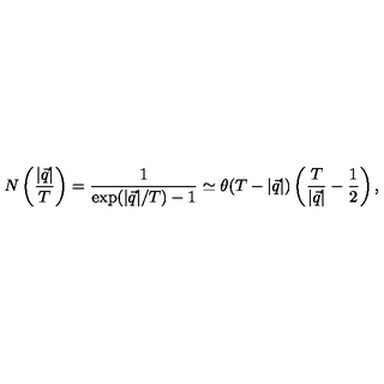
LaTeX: N \left( \frac { | \vec { q } | } { T } \right) = \frac { 1 } { \exp ( | \vec { q } | / T ) - 1 } \simeq \theta ( T - | \vec { q } | ) \left( \frac { T } { | \vec { q } | } - \frac 1 2 \right) ,